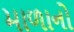
માળાનો